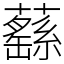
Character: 蘨